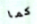
كما